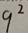
9 ^ { 2 }